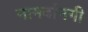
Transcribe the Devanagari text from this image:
नामर्दानगी